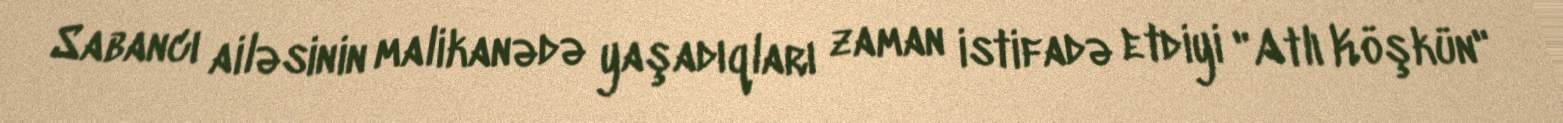
Sabancı ailəsinin malikanədə yaşadıqları zaman istifadə etdiyi "Atlı Köşkün"